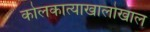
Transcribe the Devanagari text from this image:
कोलकात्याखालोखाल